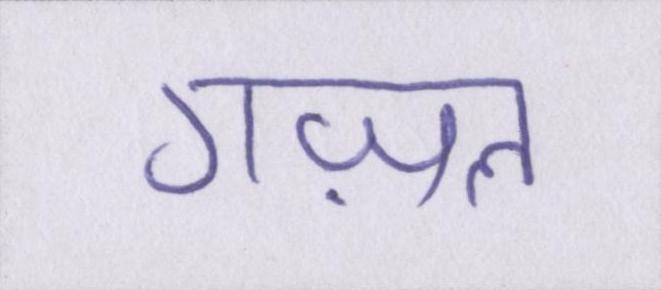
गज़ल